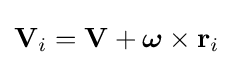
\mathbf {V} _{i}=\mathbf {V} +{\boldsymbol {\omega }}\times \mathbf {r} _{i}